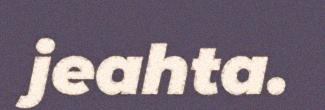
jeahta.